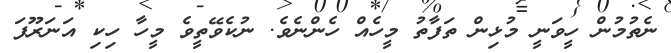
ނެތުމުން ހީވަނީ މުޅިން ތަފާތު މީހެއް ހެންނެވެ. ނުކެވޭތީވެ މީހާ ހިކި އަނަރޫފަ